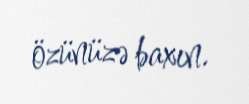
özünüzə baxın.